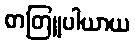
တတြူပါယာယ